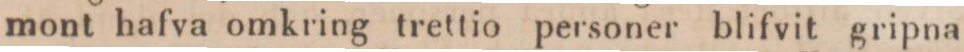
mont hafva omkring trettio personer blifvit gripna